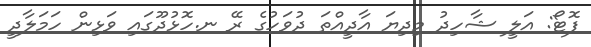
ފޮޓޯ: އަލީ ޝާހިދު މިދިޔަ އާދީއްތަ ދުވަހުގެ ރޭ ނ.ހޮޅުދޫގައި ވަޅިން ހަމަލާދީ